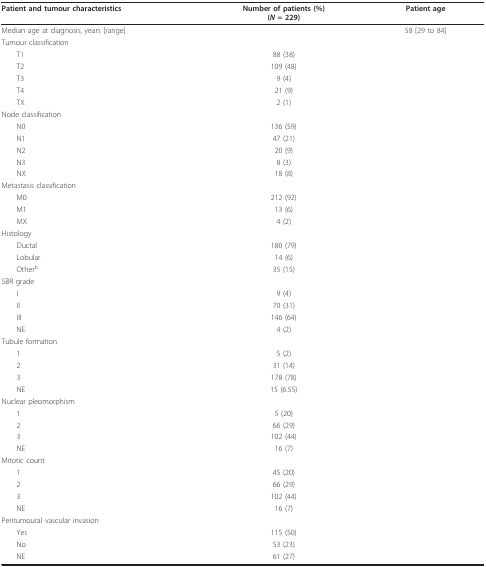
<table><thead><tr><td><b>Patient and tumour characteristics</b></td><td><b>Number of patients (%)(<i>N </i>= 229)</b></td><td><b>Patient age</b></td></tr></thead><tbody><tr><td>Median age at diagnosis, years [range]</td><td></td><td>58 [29 to 84]</td></tr><tr><td>Tumour classification</td><td></td><td></td></tr><tr><td> T1</td><td>88 (38)</td><td></td></tr><tr><td> T2</td><td>109 (48)</td><td></td></tr><tr><td> T3</td><td>9 (4)</td><td></td></tr><tr><td> T4</td><td>21 (9)</td><td></td></tr><tr><td> TX</td><td>2 (1)</td><td></td></tr><tr><td>Node classification</td><td></td><td></td></tr><tr><td> N0</td><td>136 (59)</td><td></td></tr><tr><td> N1</td><td>47 (21)</td><td></td></tr><tr><td> N2</td><td>20 (9)</td><td></td></tr><tr><td> N3</td><td>8 (3)</td><td></td></tr><tr><td> NX</td><td>18 (8)</td><td></td></tr><tr><td>Metastasis classification</td><td></td><td></td></tr><tr><td> M0</td><td>212 (92)</td><td></td></tr><tr><td> M1</td><td>13 (6)</td><td></td></tr><tr><td> MX</td><td>4 (2)</td><td></td></tr><tr><td>Histology</td><td></td><td></td></tr><tr><td> Ductal</td><td>180 (79)</td><td></td></tr><tr><td> Lobular</td><td>14 (6)</td><td></td></tr><tr><td> Other<sup>b</sup></td><td>35 (15)</td><td></td></tr><tr><td>SBR grade</td><td></td><td></td></tr><tr><td> I</td><td>9 (4)</td><td></td></tr><tr><td> II</td><td>70 (31)</td><td></td></tr><tr><td> III</td><td>146 (64)</td><td></td></tr><tr><td> NE</td><td>4 (2)</td><td></td></tr><tr><td>Tubule formation</td><td></td><td></td></tr><tr><td> 1</td><td>5 (2)</td><td></td></tr><tr><td> 2</td><td>31 (14)</td><td></td></tr><tr><td> 3</td><td>178 (78)</td><td></td></tr><tr><td> NE</td><td>15 (6.55)</td><td></td></tr><tr><td>Nuclear pleomorphism</td><td></td><td></td></tr><tr><td> 1</td><td>5 (20)</td><td></td></tr><tr><td> 2</td><td>66 (29)</td><td></td></tr><tr><td> 3</td><td>102 (44)</td><td></td></tr><tr><td> NE</td><td>16 (7)</td><td></td></tr><tr><td>Mitotic count</td><td></td><td></td></tr><tr><td> 1</td><td>45 (20)</td><td></td></tr><tr><td> 2</td><td>66 (29)</td><td></td></tr><tr><td> 3</td><td>102 (44)</td><td></td></tr><tr><td> NE</td><td>16 (7)</td><td></td></tr><tr><td>Peritumoural vascular invasion</td><td></td><td></td></tr><tr><td> Yes</td><td>115 (50)</td><td></td></tr><tr><td> No</td><td>53 (23)</td><td></td></tr><tr><td> NE</td><td>61 (27)</td><td></td></tr></tbody></table>